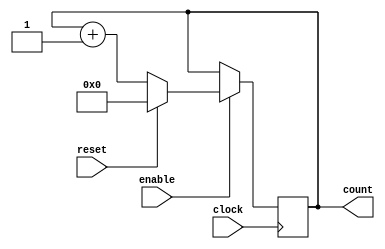
`timescale 1ns / 100ps

module counter_10(
	clock,
	enable,
	reset,
	count
);

	parameter BIT_SZ = 10;
	input clock;
	input enable;
	input reset;
	output [BIT_SZ-1:0] count;

	reg [BIT_SZ -1:0] count;
	
	initial count = 0;
	
	always @ (posedge clock)

		if(enable == 1'b1)
		begin
			if(reset == 1'b1)
			begin
				count = 0;
			end	
			else
				count <= count + 1'b1;
			
		end	
			
endmodule